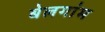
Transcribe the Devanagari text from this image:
बेलगांम